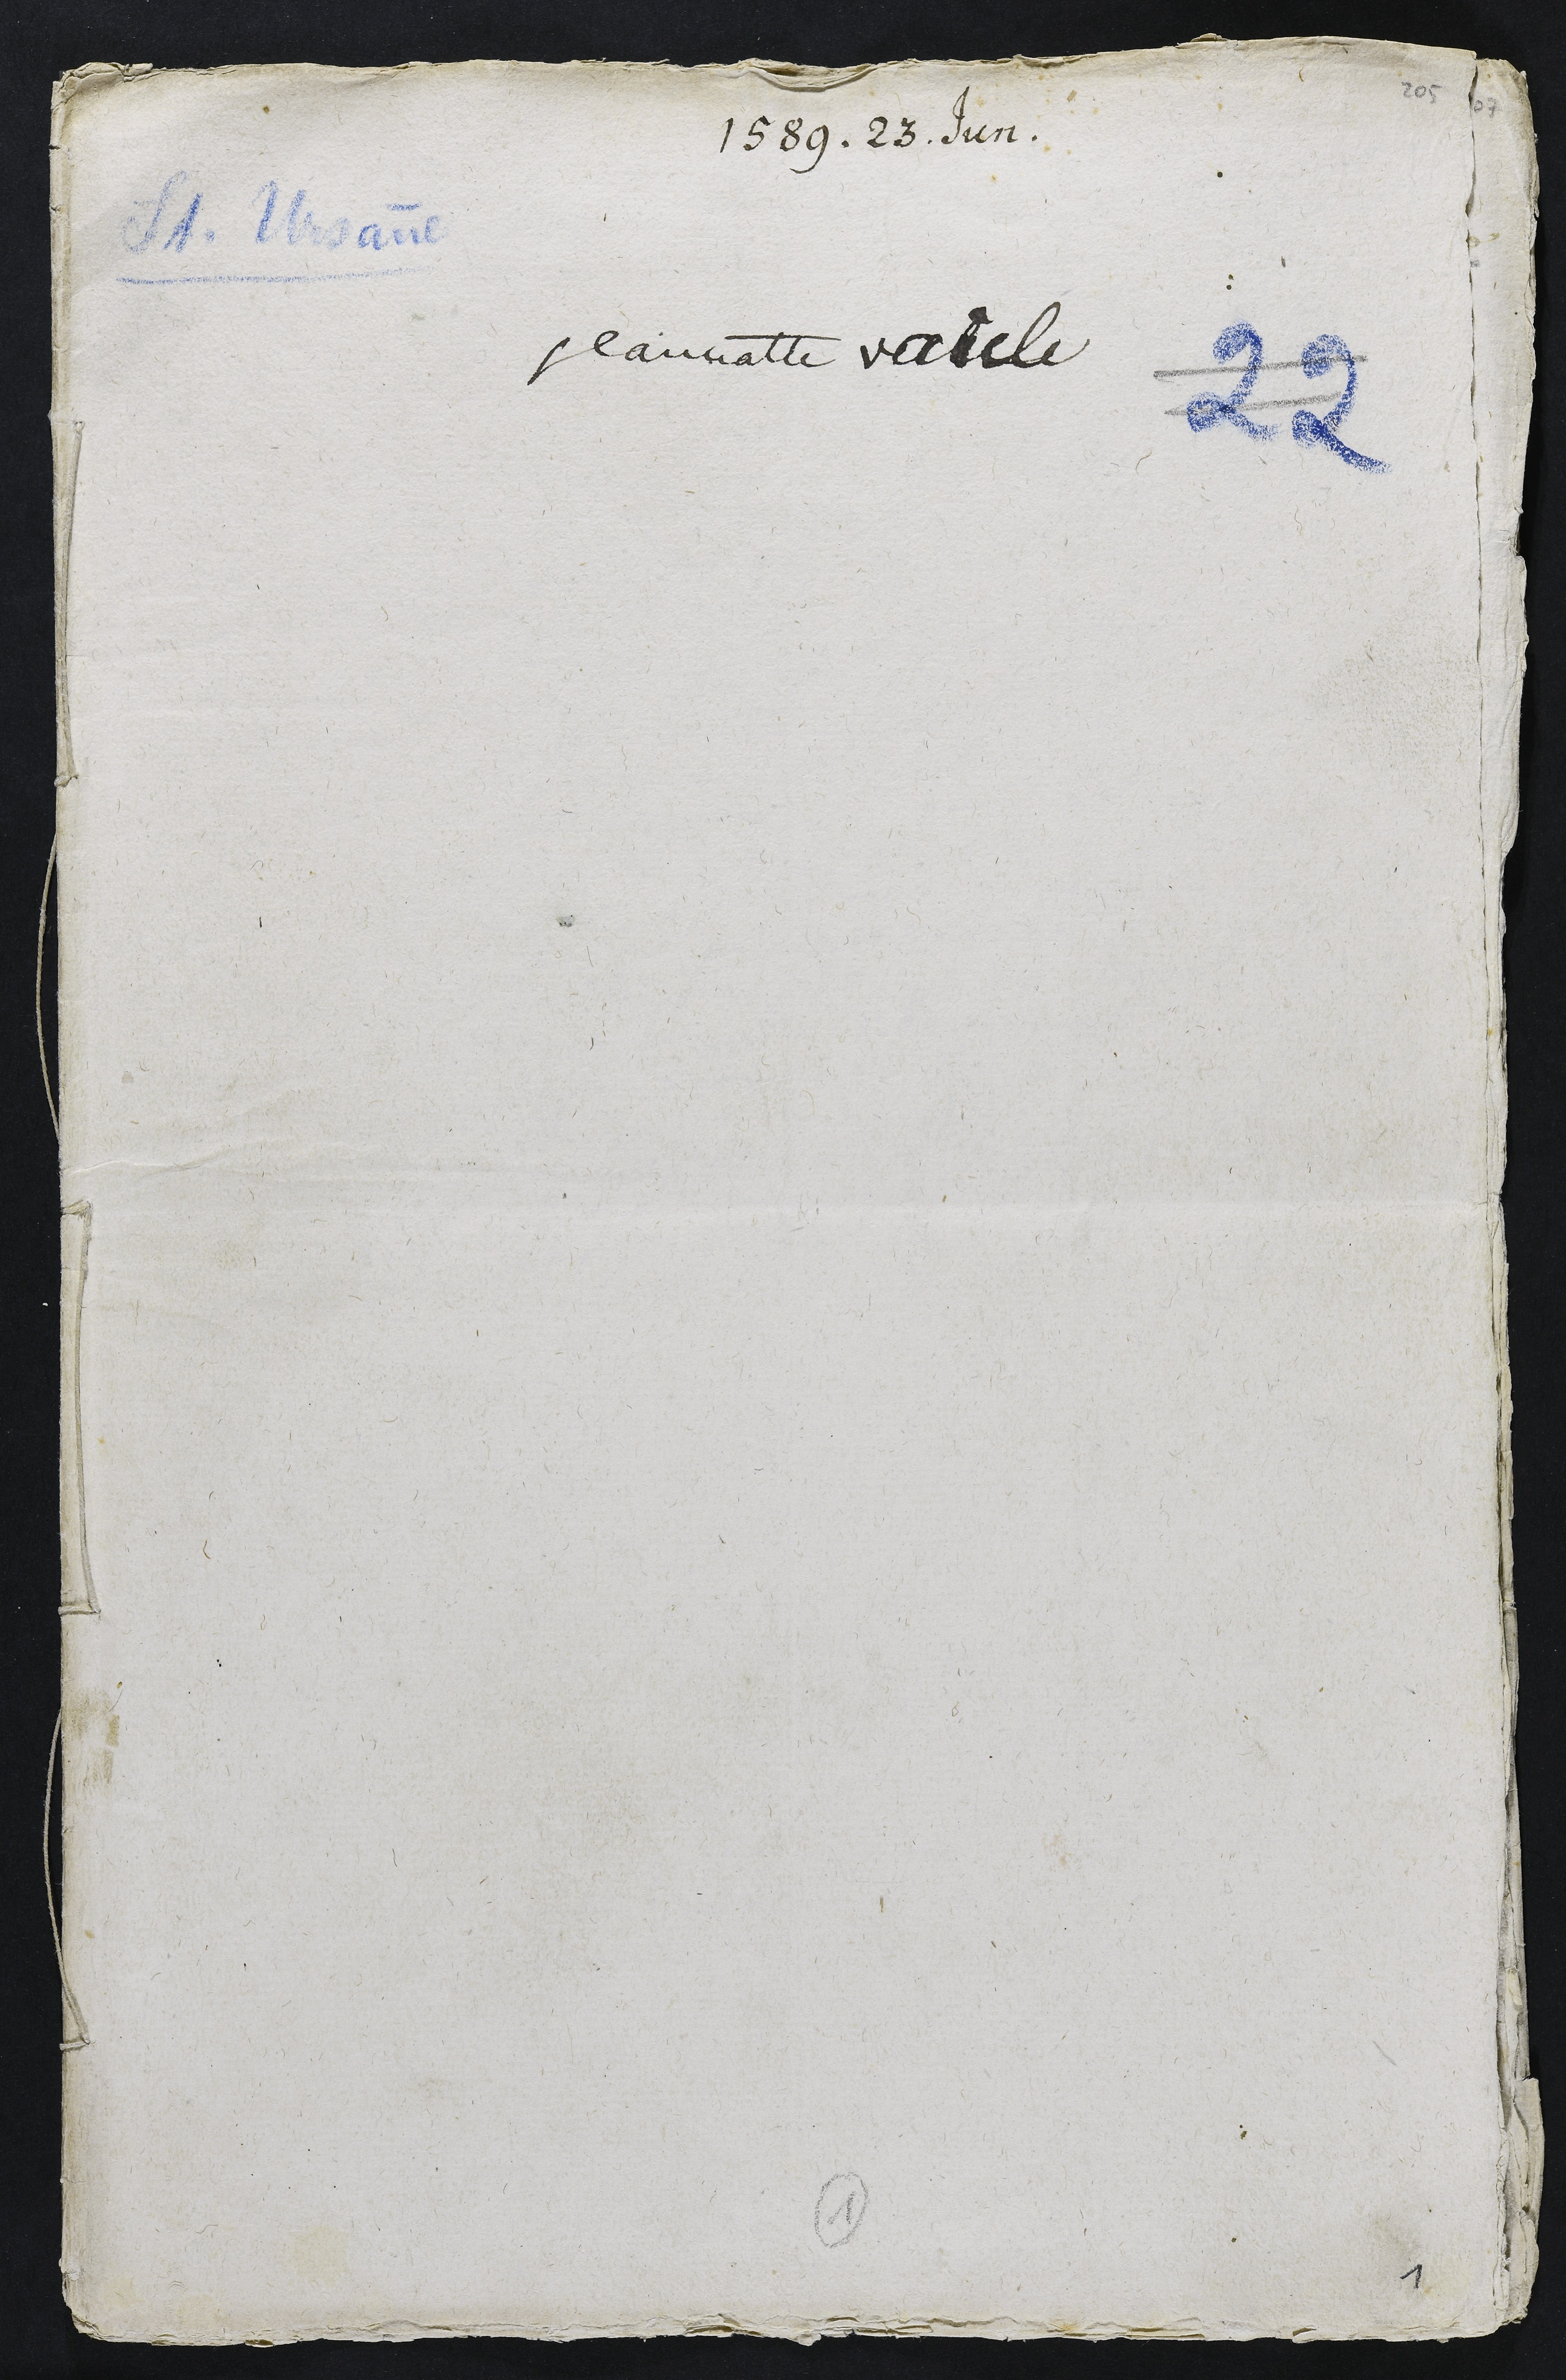
1589 . 23 . Jun .
St. Ursanne
jeannatte vaicle